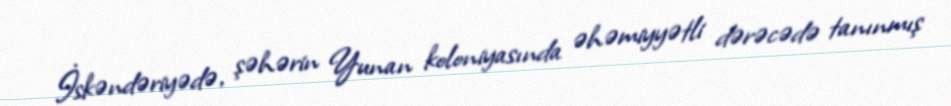
İskəndəriyədə, şəhərin Yunan koloniyasında əhəmiyyətli dərəcədə tanınmış